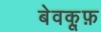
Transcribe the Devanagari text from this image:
बेवकू़फ़